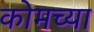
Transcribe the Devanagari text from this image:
कोमच्या